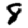
Digit: 8